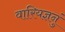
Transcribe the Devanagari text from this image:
वारियज्ञनुं